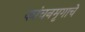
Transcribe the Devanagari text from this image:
कांचनमृगाचे